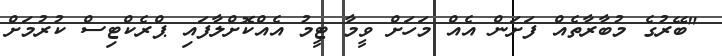
"ބޭރުގެ މުބާރާތެއް ފަށަން އެއް މަހަށް ވީމާ ޓީމު އެއްކޮށްލާފައި ޕްރެކްޓިސް ކުރުމަށް